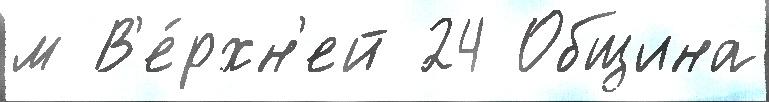
м В'е́рхн'ей 24 Община